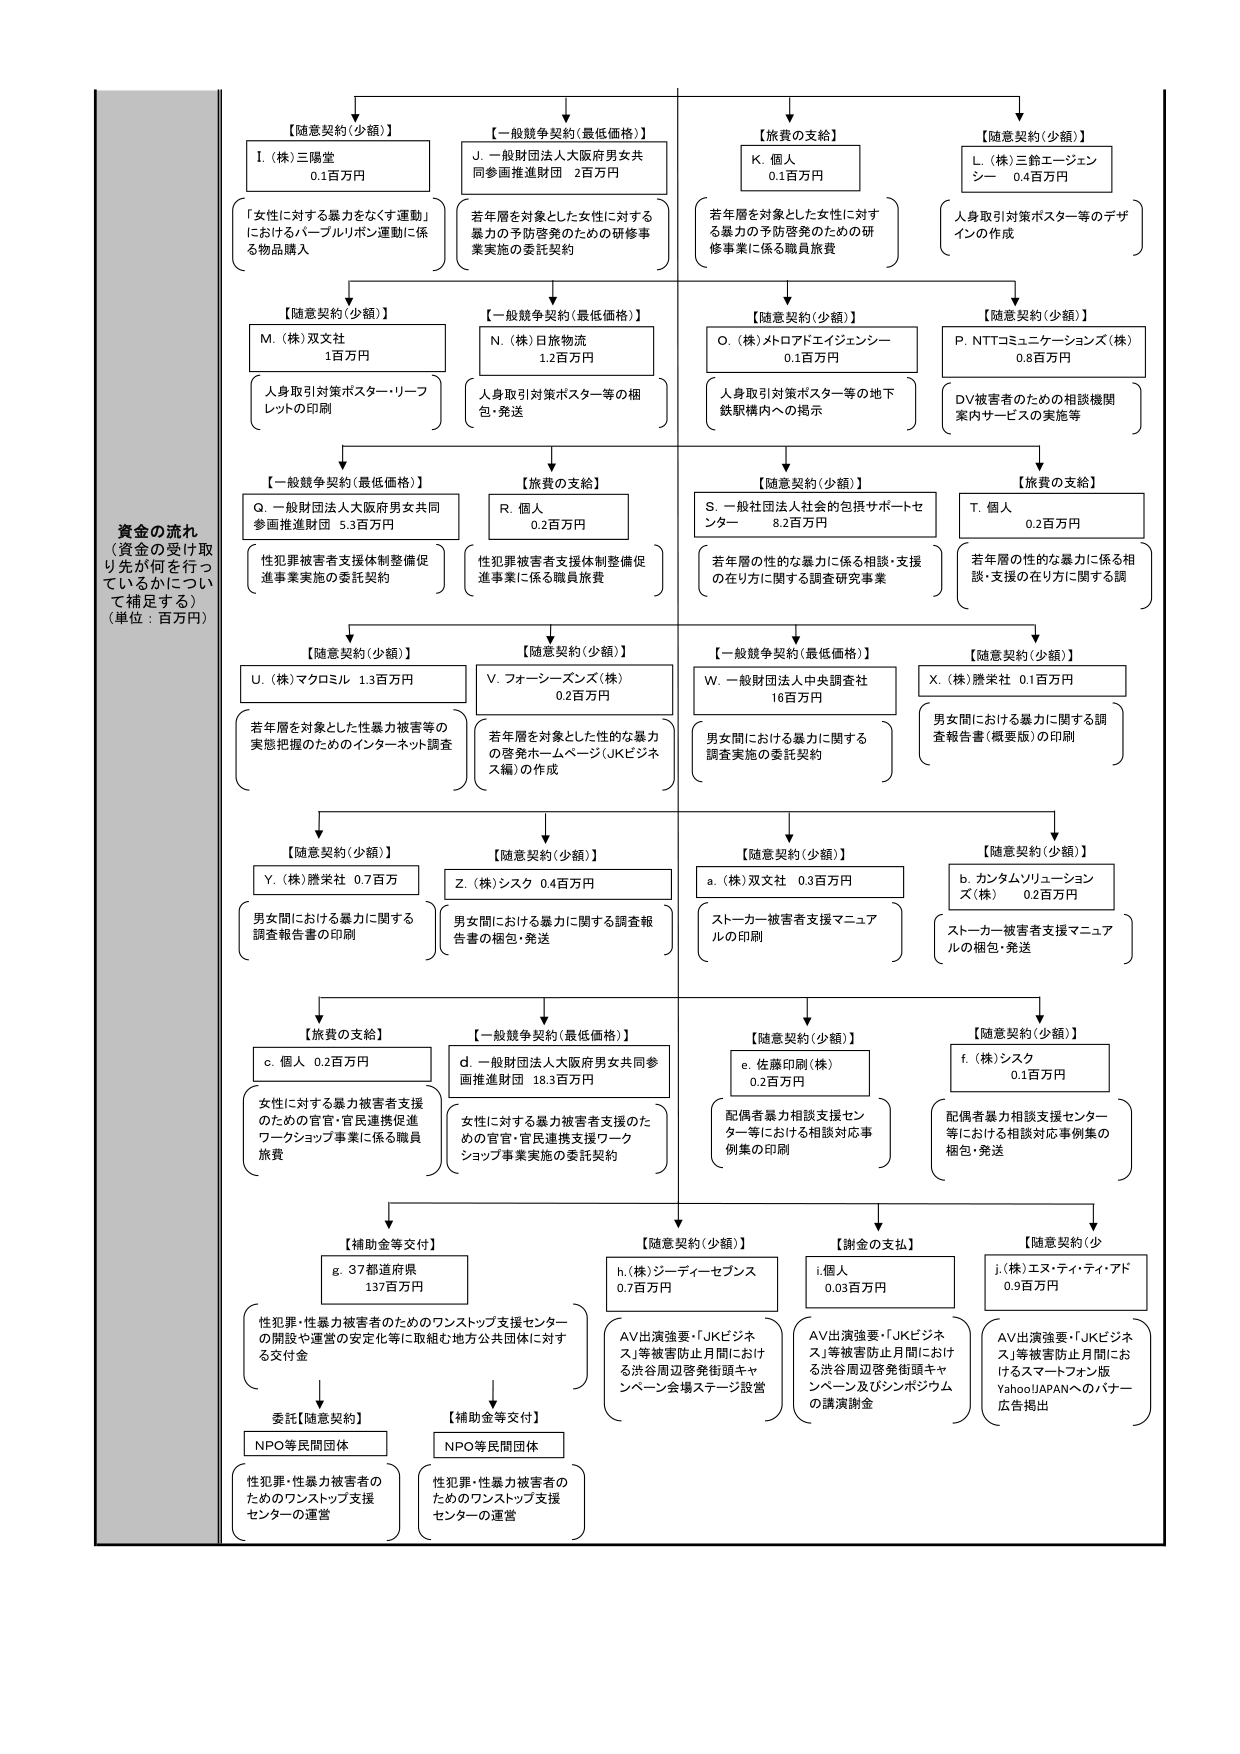
資金の流れ
（資金の受け取り先が何を行っているかについて補足する）
（単位：百万円）

【随意契約（少額）】
I.（株）三陽堂 0.1百万円
「女性に対する暴力をなくす運動」におけるパープルリボン運動に係る物品購入

【随意契約（少額）】
M.（株）双文社 1百万円
人身取引対策ポスター・リーフレットの印刷

【一般競争契約（最低価格）】
Q.一般財団法人大阪府男女共同参画推進財団 5.3百万円
性犯罪被害者支援体制整備促進事業実施の委託契約

【随意契約（少額）】
U.（株）マクロミル 1.3百万円
若年層を対象とした性暴力被害等の実態把握のためのインターネット調査

【随意契約（少額）】
Y.（株）勝栄社 0.7百万円
男女間における暴力に関する調査報告書の印刷

【旅費の支給】
c.個人 0.2百万円
女性に対する暴力被害者支援のための官官・官民連携促進ワークショップ事業に係る職員旅費

【補助金等交付】
g.37都道府県 137百万円
性犯罪・性暴力被害者のためのワンストップ支援センターの開設や運営の安定化等に取組む地方公共団体に対する交付金

委託【随意契約】
NPO等民間団体
性犯罪・性暴力被害者のためのワンストップ支援センターの運営

【一般競争契約（最低価格）】
J.一般財団法人大阪府男女共同参画推進財団 2百万円
若年層を対象とした女性に対する暴力の予防啓発のための研修事業実施の委託契約

【一般競争契約（最低価格）】
N.（株）日旅物流 1.2百万円
人身取引対策ポスター等の梱包・発送

【旅費の支給】
R.個人 0.2百万円
性犯罪被害者支援体制整備促進事業に係る職員旅費

【随意契約（少額）】
V.フォーシーズンズ（株） 0.2百万円
若年層を対象とした性的な暴力の啓発ホームページ（JKビジネス編）の作成

【随意契約（少額）】
Z.（株）シスク 0.4百万円
男女間における暴力に関する調査報告書の梱包・発送

【一般競争契約（最低価格）】
d.一般財団法人大阪府男女共同参画推進財団 18.3百万円
女性に対する暴力被害者支援のための官官・官民連携支援ワークショップ事業実施の委託契約

【補助金等交付】
NPO等民間団体
性犯罪・性暴力被害者のためのワンストップ支援センターの運営

【旅費の支給】
K.個人 0.1百万円
若年層を対象とした女性に対する暴力の予防啓発のための研修事業に係る職員旅費

【随意契約（少額）】
O.（株）メトロアドエイジェンシー 0.1百万円
人身取引対策ポスター等の地下鉄駅構内への掲示

【随意契約（少額）】
S.一般社団法人社会的包括サポートセンター 8.2百万円
若年層の性的な暴力に係る相談・支援の在り方に関する調査研究事業

【一般競争契約（最低価格）】
W.一般財団法人中央調査社 16百万円
男女間における暴力に関する調査実施の委託契約

【随意契約（少額）】
a.（株）双文社 0.3百万円
ストーカー被害者支援マニュアルの印刷

【随意契約（少額）】
e.佐藤印刷（株） 0.2百万円
配偶者暴力相談支援センター等における相談対応事例集の印刷

【随意契約（少額）】
h.（株）ジーディーセブンス 0.7百万円
AV出演強要・「JKビジネス」等被害防止月間における渋谷周辺啓発街頭キャンペーン会場ステージ設営

【随意契約（少額）】
L.（株）三鈴エージェンシー 0.4百万円
人身取引対策ポスター等のデザインの作成

【随意契約（少額）】
P. NTTコミュニケーションズ（株） 0.8百万円
DV被害者のための相談機関案内サービスの実施等

【旅費の支給】
T.個人 0.2百万円
若年層の性的な暴力に係る相談・支援の在り方に関する調

【随意契約（少額）】
X.（株）勝栄社 0.1百万円
男女間における暴力に関する調査報告書（概要版）の印刷

【随意契約（少額）】
b.カンタムソリューションズ（株） 0.2百万円
ストーカー被害者支援マニュアルの梱包・発送

【随意契約（少額）】
f.（株）シスク 0.1百万円
配偶者暴力相談支援センター等における相談対応事例集の梱包・発送

【謝金の支払】
i.個人 0.03百万円
AV出演強要・「JKビジネス」等被害防止月間における渋谷周辺啓発街頭キャンペーン及びシンポジウムの講演謝金

【随意契約（少額）】
j.（株）エヌ・ティ・ティ・アド 0.9百万円
AV出演強要・「JKビジネス」等被害防止月間におけるスマートフォン版Yahoo!JAPANへのバナー広告掲出